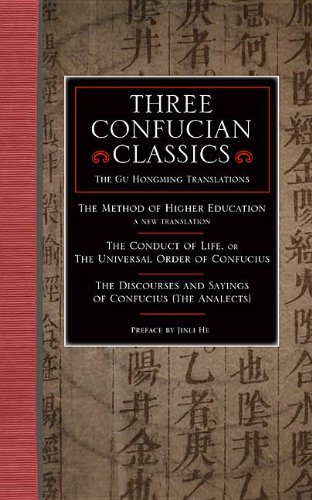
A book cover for Three Confucian Classics: The Gu Hongming Translations of 'Higher Education: A New Translation', 'The Conduct of Life, or the Universal Order of ... and Sayings of Confucius (The Analects)'; Gu Hongming; Religion & Spirituality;